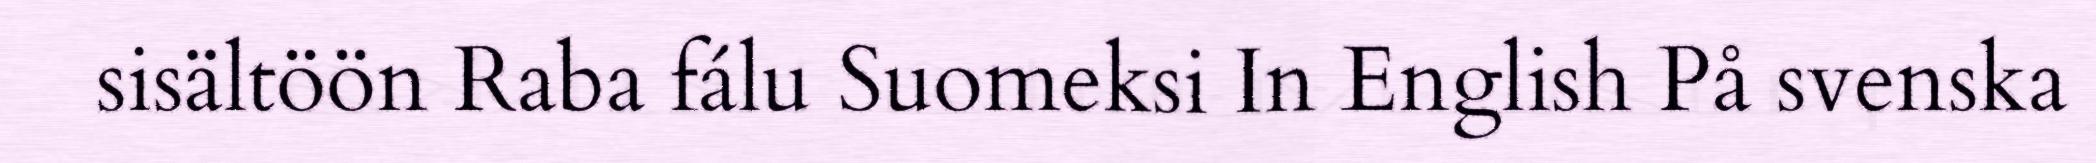
sisältöön Raba fálu Suomeksi In English På svenska